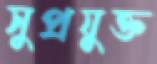
সুপ্রযুক্ত